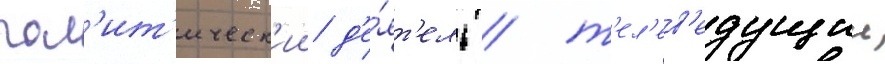
пол'ит'ическ'ии д'е́ят'ель / т'ел'ев'едущии